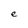
Character: e